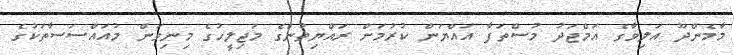
މާމެންދޫ އަލިވާގެ އަމްޖަދު މުސްތަފާ އައްޔަން ކުރުމަށް ރައްޔިތުންގެ މަޖިލީހުގެ މިނިވަން މުއައްސަސާތަކުގެ